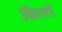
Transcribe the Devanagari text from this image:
किल्‍ले